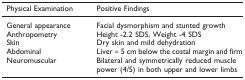
<table><thead><tr><td><b>Physical Examination</b></td><td><b>Positive Findings</b></td></tr></thead><tbody><tr><td>General appearance</td><td>Facial dysmorphism and stunted growth</td></tr><tr><td>Anthropometry</td><td>Height -2.2 SDS, Weight -4 SDS</td></tr><tr><td>Skin</td><td>Dry skin and mild dehydration</td></tr><tr><td>Abdominal</td><td>Liver ≈ 5 cm below the costal margin and firm</td></tr><tr><td>Neuromuscular</td><td>Bilateral and symmetrically reduced muscle power (4/5) in both upper and lower limbs</td></tr></tbody></table>